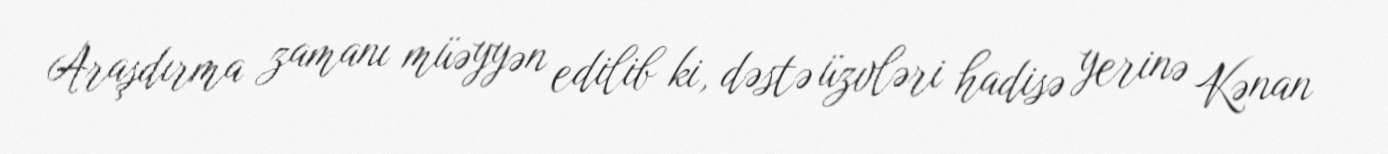
Araşdırma zamanı müəyyən edilib ki, dəstə üzvləri hadisə yerinə Kənan